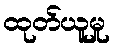
ထုတ်ယူမှု